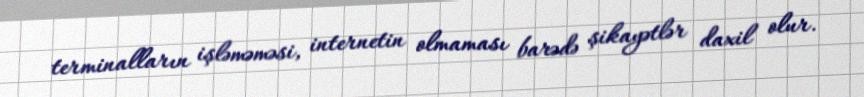
terminalların işləməməsi, internetin olmaması barədə şikayətlər daxil olur.